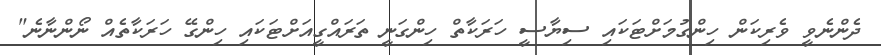
ދެންނެވީ ވެރިކަން ހިންގުމަށްޓަކައި ސިޔާސީ ހަރަކާތް ހިންގަނީ ތަރައްގީއަށްޓަކައި ހިންގޭ ހަރަކާތެއް ނޯންނާނެ"